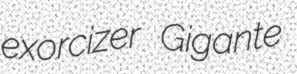
exorcizer Gigante